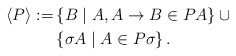
\begin{align*} \left\langle P \right\rangle := & \left\{ B \mid A, A \to B \in P A \right\} \cup \\ & \left\{ \sigma A \mid A \in P \sigma \right\}.\end{align*}